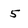
Character: 5